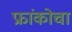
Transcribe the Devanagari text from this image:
फ्रांकोचा